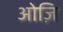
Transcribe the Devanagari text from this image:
ओज़ि